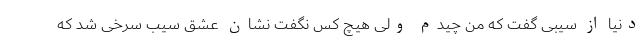
دنیا از سیبی گفت که من چیدم ولی هیچ کس نگفت نشان عشق سیب سرخی شد که